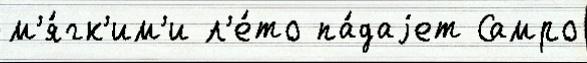
м'я́гк'им'и л'е́то па́даjет Самро